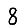
Digit: 8